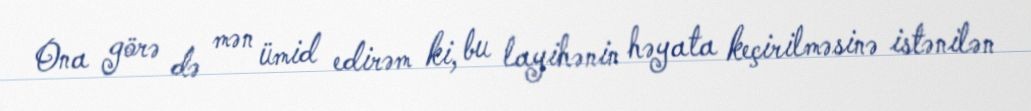
Ona görə də mən ümid edirəm ki, bu layihənin həyata keçirilməsinə istənilən